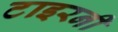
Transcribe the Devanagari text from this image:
टाइरनी